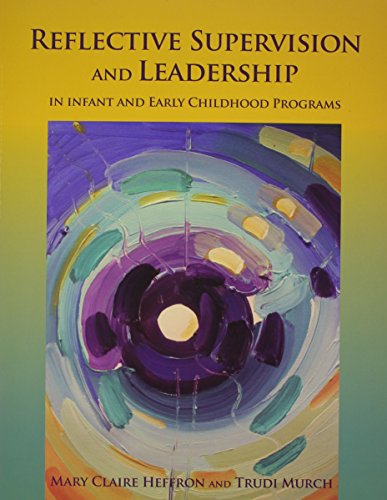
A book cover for Reflective Supervision and Leadership in Infant and Early Childhood Programs; Mary Claire Heffron; Politics & Social Sciences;